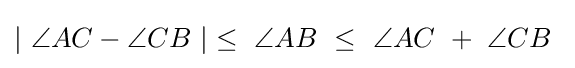
|~\angle {AC}-\angle {CB}~|\leq ~\angle {AB}~\leq ~\angle {AC}~+~\angle {CB}~